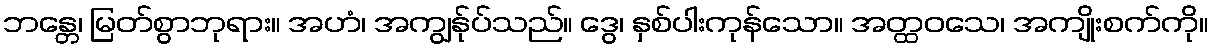
ဘန္တေ၊ မြတ်စွာဘုရား။ အဟံ၊ အကျွန်ုပ်သည်။ ဒွေ၊ နှစ်ပါးကုန်သော။ အတ္ထဝသေ၊ အကျိုးစက်ကို။